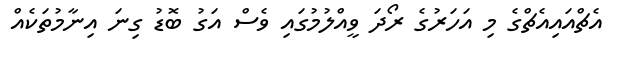
އެޗްއައިއެޗްގެ މި އަހަރުގެ ރޯދަ ވީއްލުމުގައި ވެސް އަގު ބޮޑު ގިނަ އިނާމުތަކެއް